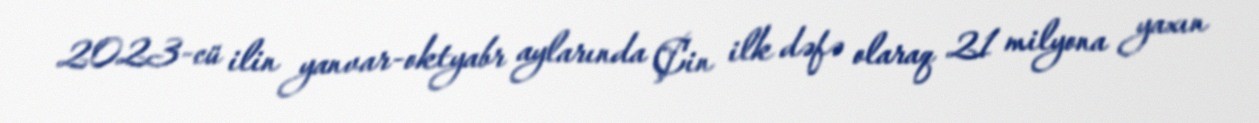
2023-cü ilin yanvar-oktyabr aylarında Çin ilk dəfə olaraq 21 milyona yaxın